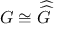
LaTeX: G \cong { \widehat { \widehat { G } } }